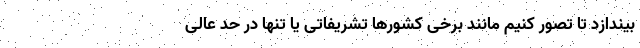
بیندازد تا تصور کنیم مانند برخی کشورها تشریفاتی یا تنها در حد عالی